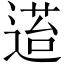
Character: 𬨴